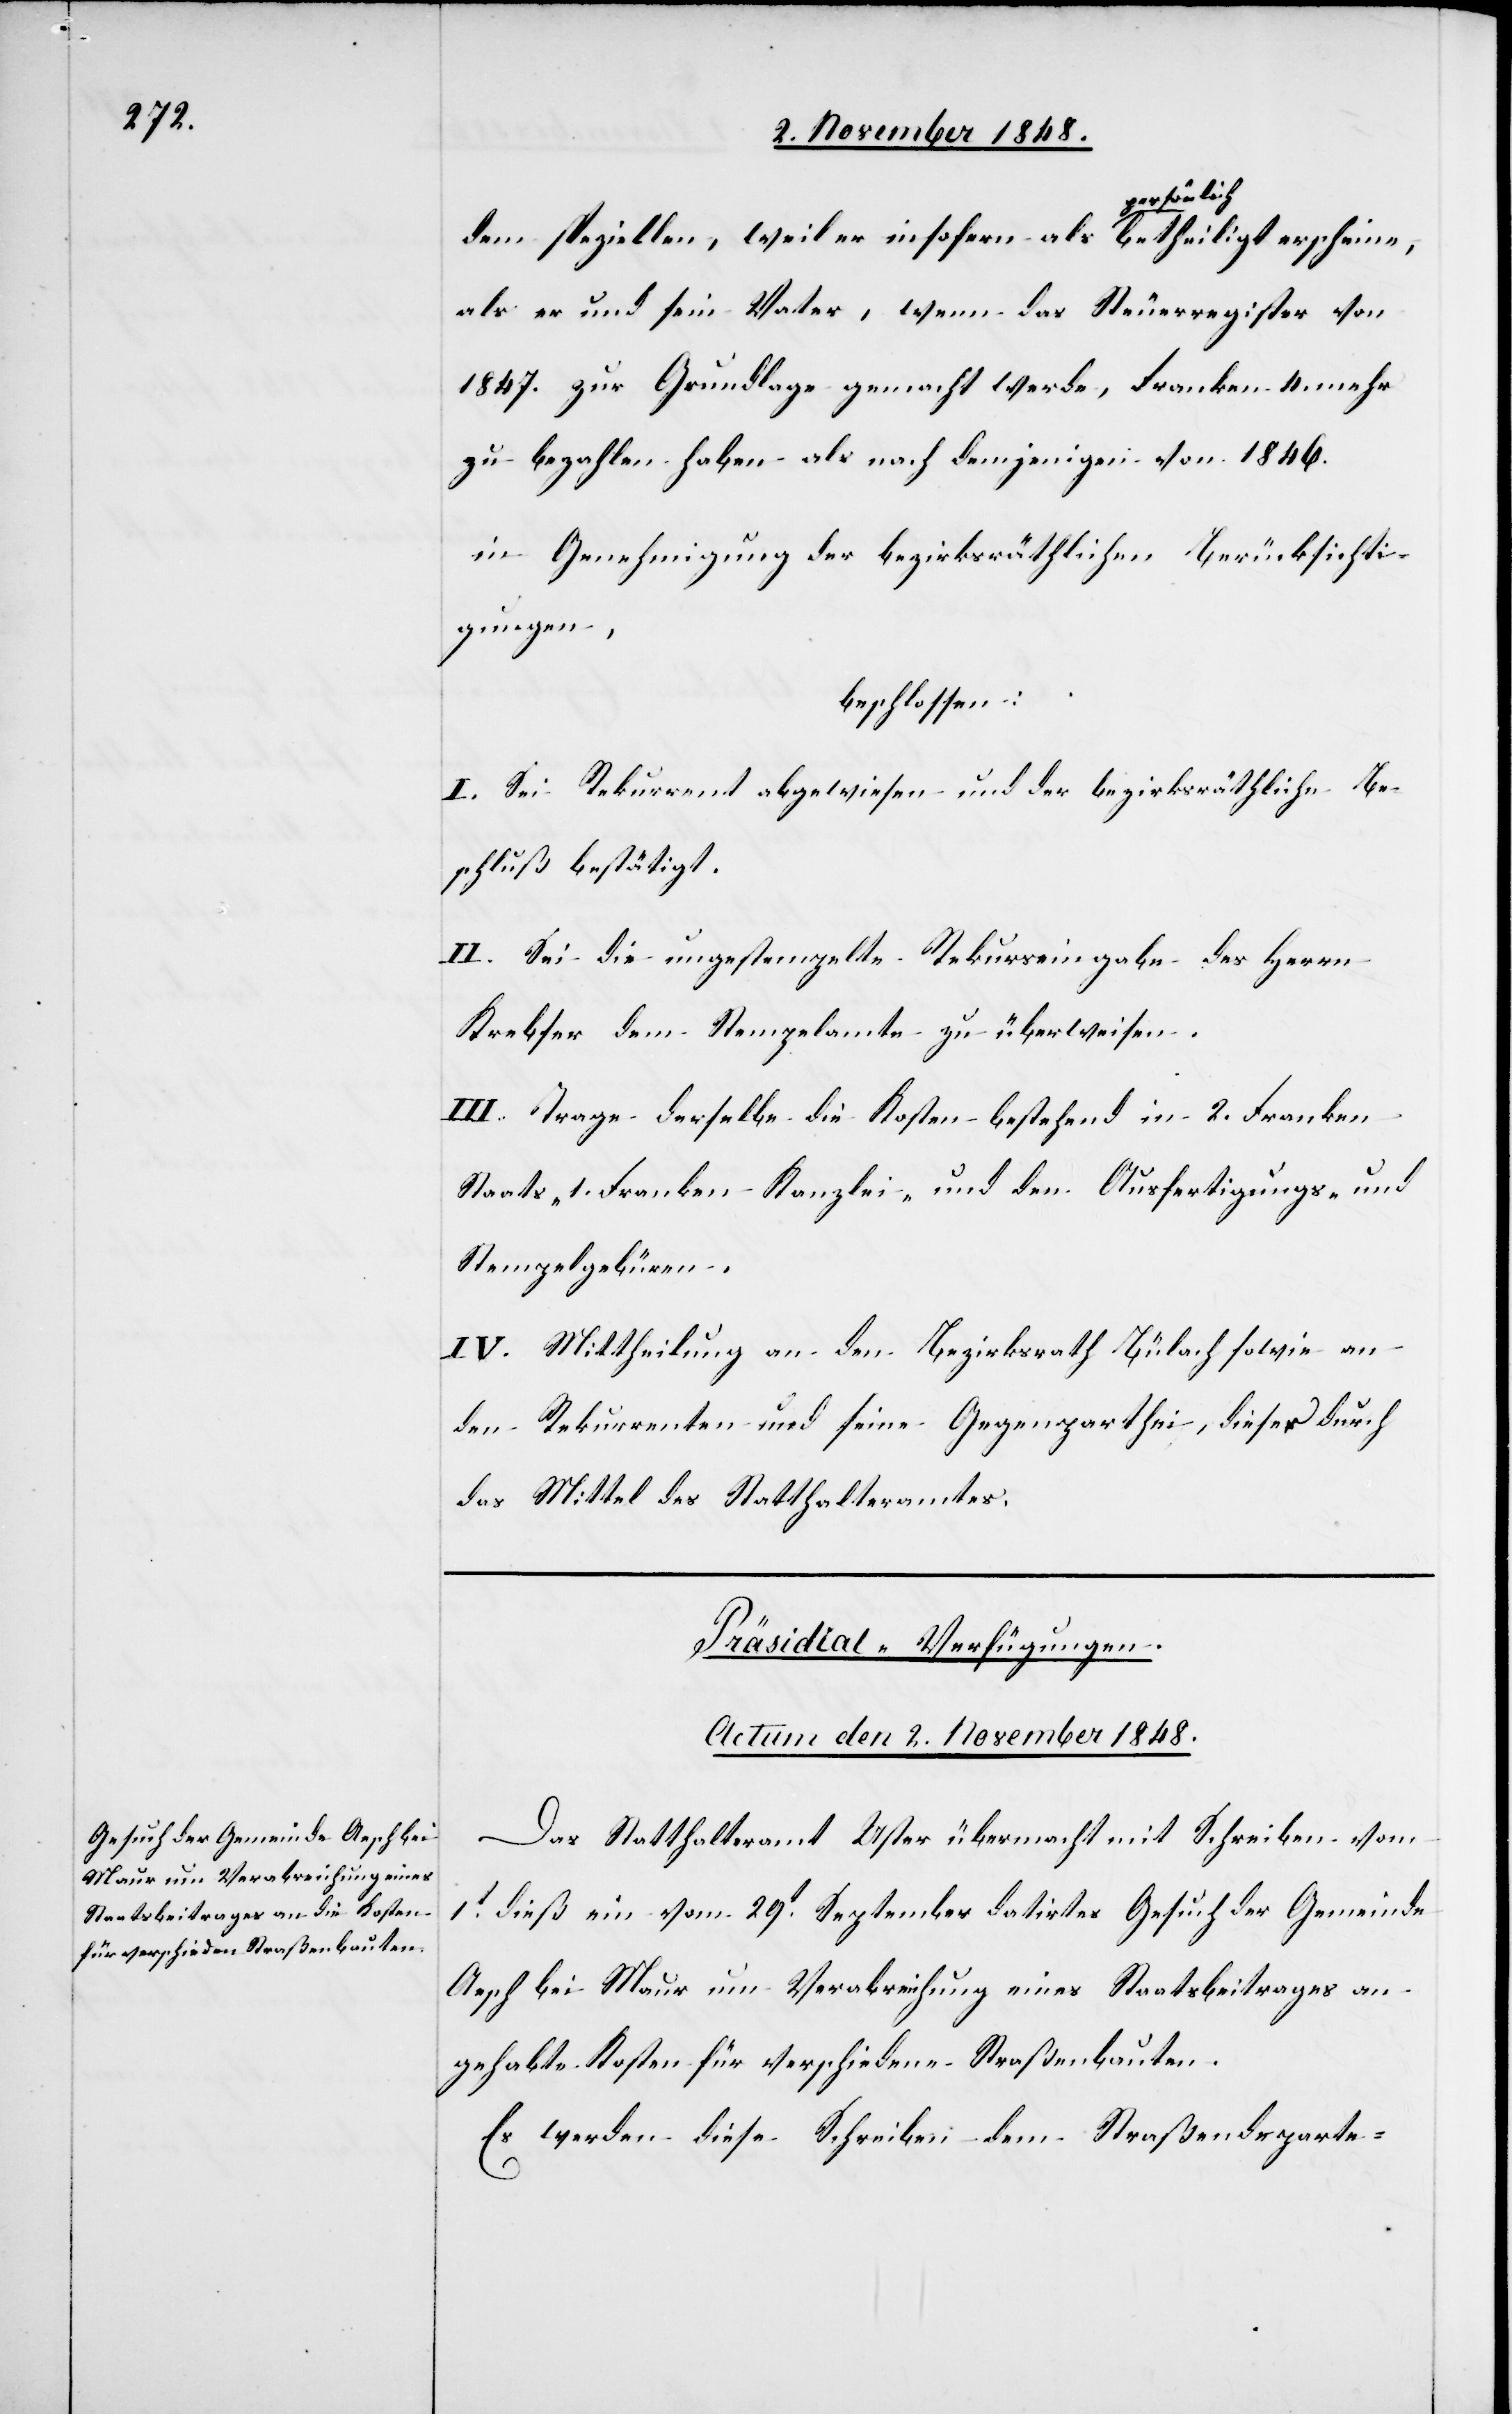
dem speziellen, weil er insofern als persönlich betheiligt erscheine,
als er und sein Vater, wenn das Steuerregister von
1847. zur Grundlage gemacht werde, Franken 4. mehr
zu bezahlen haben als nach denjenigen von 1846.
in Genehmigung der bezirksräthlichen Berücksichti¬
gungen,
beschlossen:
I. Sei Rekurrent abgewiesen und der bezirksräthliche Be¬
schluß bestätigt.
II. Sei die ungestempelte Rekurseingabe des Herrn
Krebser dem Stempelamte zu überweisen.
III. Trage derselbe die Kosten bestehend in 2. Franken
Staats- 1. Franken Kanzlei- und den Ausfertigungs- und
Stempelgebühren.
IV. Mittheilung an den Bezirksrath Bülach sowie an
den Rekurrenten und seine Gegenparthei, dieser durch
das Mittel des Statthalteramtes.
Präsidial-Verfügungen.
Actum den 2. November 1848.
Das Statthalteramt Uster übermacht mit Schreiben vom
1t dieß ein vom 29t September datirtes Gesuch der Gemeinde
Aesch bei Maur um Verabreichung eines Staatsbeitrages an
gehabte Kosten für verschiedene Straßenbauten.
Es werden diese Schreiben dem Straßendeparte-